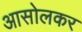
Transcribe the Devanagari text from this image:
आसोलकर